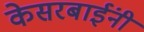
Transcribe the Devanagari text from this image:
केसरबाईंनी